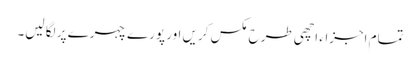
تمام اجزاء اچھی طرح مکس کریں اور پورے چہرے پر لگا لیں۔